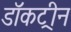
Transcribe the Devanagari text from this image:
डॉकट्रीन